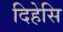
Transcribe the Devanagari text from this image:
दिहेसि